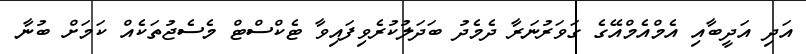
އަދި އަދީބާއި އެމްއެމްއޭގެ ގަވަރުނަރާ ދެމެދު ބަދަލުކުރެވިފައިވާ ޓެކްސްޓް މެސެޖުތަކެއް ކަމަށް ބުނާ